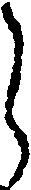
う